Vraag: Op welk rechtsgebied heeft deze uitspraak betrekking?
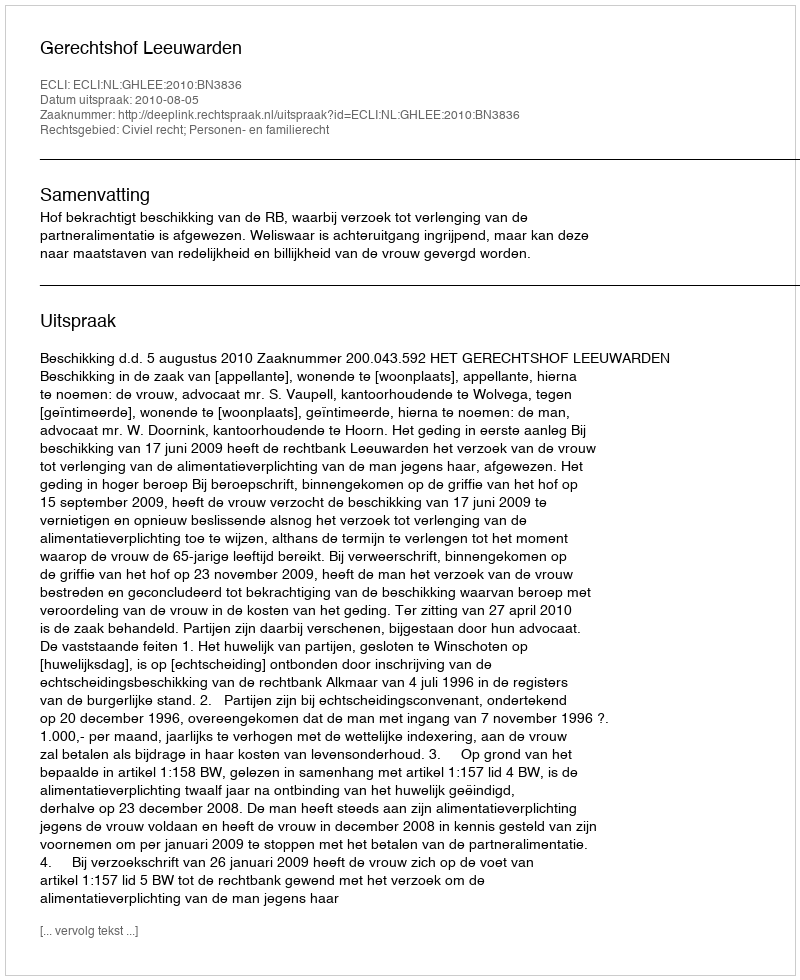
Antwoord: Civiel recht; Personen- en familierecht